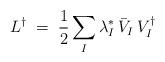
LaTeX: \begin{align*}L^\dagger \;=\; \frac{1}{2} \sum_I \lambda_I^* \, \bar{V}_I \, V_I^\dagger\end{align*}